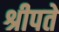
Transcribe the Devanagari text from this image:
श्रीपते